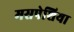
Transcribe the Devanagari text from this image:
मसपेशिया